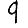
Digit: 9